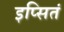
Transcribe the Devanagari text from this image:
इप्सितं